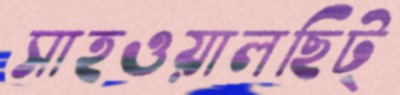
সাহওয়ালছিট্‌